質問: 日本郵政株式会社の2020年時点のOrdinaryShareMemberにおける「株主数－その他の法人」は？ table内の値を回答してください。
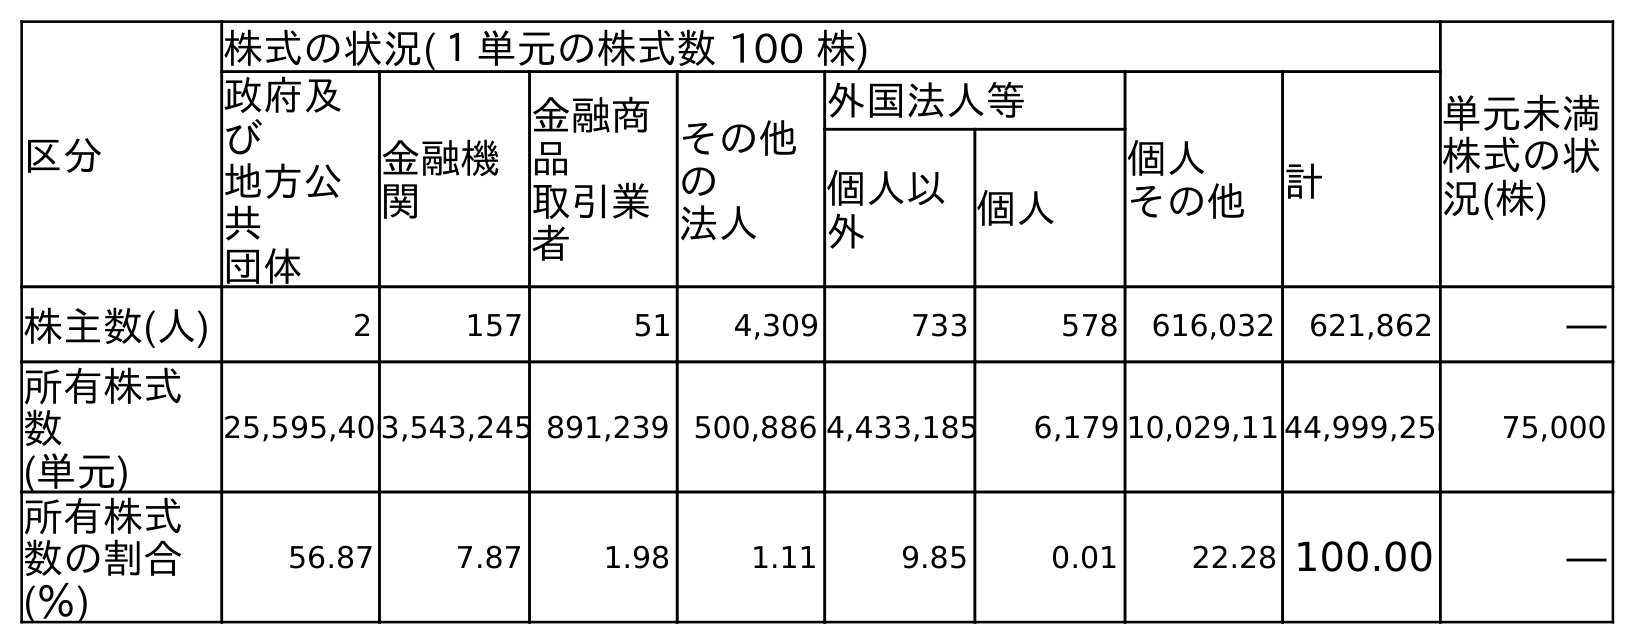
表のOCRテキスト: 区分 株式の状況(１単元の株式数 100 株) 単元未満 株式の状 況(株) 政府及 び 地方公 共 団体 金融機 関 金融商 品 取引業 者 その他 の 法人 外国法人等 個人 その他 計 個人以 外 個人 株主数(人) 2 157 51 4,309 733 578 616,032 621,862 ― 所有株式 数 (単元) 25,595,4063,543,245 891,239 500,886 4,433,185 6,179 10,029,11044,999,250 75,000 所有株式 数の割合 (％) 56.87 7.87 1.98 1.11 9.85 0.01 22.28 100.00 ―
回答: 4,309